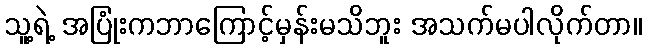
သူ့ရဲ့ အပြုံးကဘာကြောင့်မှန်းမသိဘူး အသက်မပါလိုက်တာ။